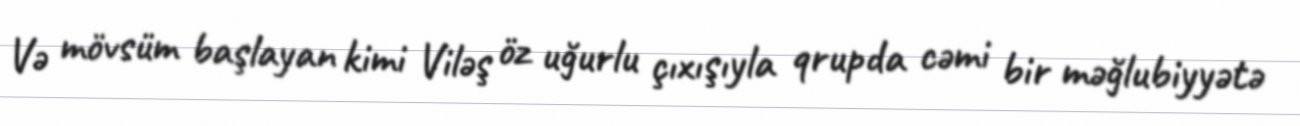
Və mövsüm başlayan kimi Viləş öz uğurlu çıxışıyla qrupda cəmi bir məğlubiyyətə